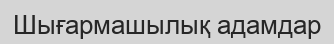
Шығармашылық адамдар